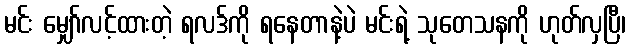
မင်း မျှော်လင့်ထားတဲ့ ရလဒ်ကို ရနေတာနဲ့ပဲ မင်းရဲ့ သုတေသနကို ဟုတ်လှပြီ၊